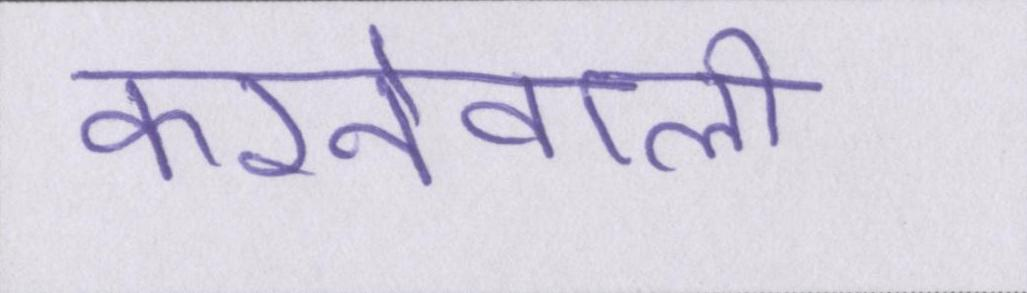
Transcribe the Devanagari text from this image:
करनेवाली